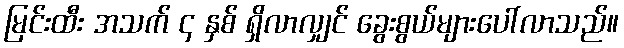
မြင်းထီး အသက် ၄ နှစ် ရှိလာလျှင် ခွေးစွယ်များပေါ်လာသည်။